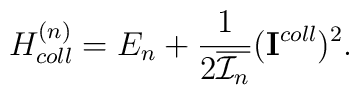
H^{(n)}_{coll}=E_n+\frac{1}{2\overline{{\cal I}_n} }({\bf I}^{coll})^2.